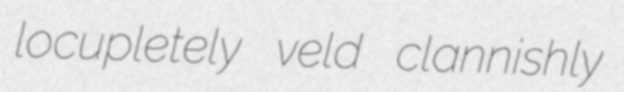
locupletely veld clannishly